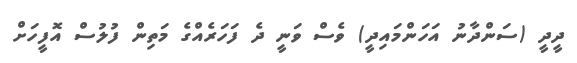
ދީދީ (ސަންދާނު އަހަންމައިދީ) ވެސް ވަނީ ދެ ފަހަރެއްގެ މަތިން ފުލުސް އޮފީހަށް